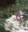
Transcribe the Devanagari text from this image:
व